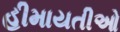
હીમાયતીઓ